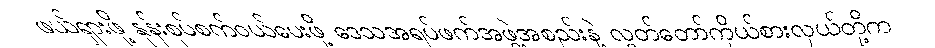
ဖယ်ရှားဖို့ နုန်းစုပ်စက်ဝယ်ပေးဖို့ ဒေသအရပ်ဖက်အဖွဲ့အစည်းနဲ့ လွှတ်တော်ကိုယ်စားလှယ်တို့က